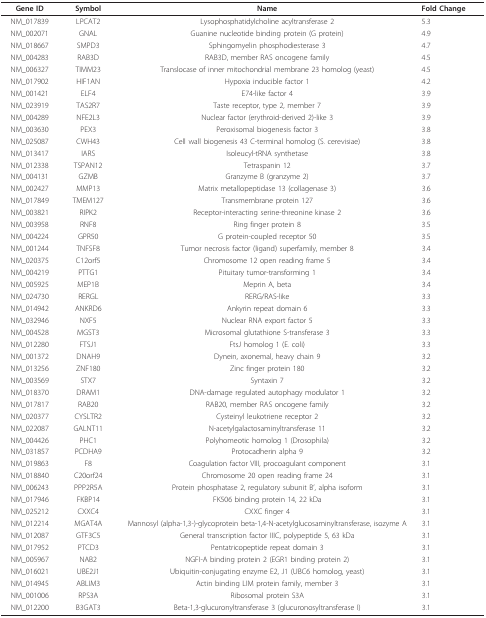
<table><thead><tr><td><b>Gene ID</b></td><td><b>Symbol</b></td><td><b>Name</b></td><td><b>Fold Change</b></td></tr></thead><tbody><tr><td>NM_017839</td><td>LPCAT2</td><td>Lysophosphatidylcholine acyltransferase 2</td><td>5.3</td></tr><tr><td>NM_002071</td><td>GNAL</td><td>Guanine nucleotide binding protein (G protein)</td><td>4.9</td></tr><tr><td>NM_018667</td><td>SMPD3</td><td>Sphingomyelin phosphodiesterase 3</td><td>4.7</td></tr><tr><td>NM_004283</td><td>RAB3D</td><td>RAB3D, member RAS oncogene family</td><td>4.5</td></tr><tr><td>NM_006327</td><td>TIMM23</td><td>Translocase of inner mitochondrial membrane 23 homolog (yeast)</td><td>4.5</td></tr><tr><td>NM_017902</td><td>HIF1AN</td><td>Hypoxia inducible factor 1</td><td>4.2</td></tr><tr><td>NM_001421</td><td>ELF4</td><td>E74-like factor 4</td><td>3.9</td></tr><tr><td>NM_023919</td><td>TAS2R7</td><td>Taste receptor, type 2, member 7</td><td>3.9</td></tr><tr><td>NM_004289</td><td>NFE2L3</td><td>Nuclear factor (erythroid-derived 2)-like 3</td><td>3.9</td></tr><tr><td>NM_003630</td><td>PEX3</td><td>Peroxisomal biogenesis factor 3</td><td>3.8</td></tr><tr><td>NM_025087</td><td>CWH43</td><td>Cell wall biogenesis 43 C-terminal homolog (S. cerevisiae)</td><td>3.8</td></tr><tr><td>NM_013417</td><td>IARS</td><td>Isoleucyl-tRNA synthetase</td><td>3.8</td></tr><tr><td>NM_012338</td><td>TSPAN12</td><td>Tetraspanin 12</td><td>3.7</td></tr><tr><td>NM_004131</td><td>GZMB</td><td>Granzyme B (granzyme 2)</td><td>3.7</td></tr><tr><td>NM_002427</td><td>MMP13</td><td>Matrix metallopeptidase 13 (collagenase 3)</td><td>3.6</td></tr><tr><td>NM_017849</td><td>TMEM127</td><td>Transmembrane protein 127</td><td>3.6</td></tr><tr><td>NM_003821</td><td>RIPK2</td><td>Receptor-interacting serine-threonine kinase 2</td><td>3.6</td></tr><tr><td>NM_003958</td><td>RNF8</td><td>Ring finger protein 8</td><td>3.5</td></tr><tr><td>NM_004224</td><td>GPR50</td><td>G protein-coupled receptor 50</td><td>3.5</td></tr><tr><td>NM_001244</td><td>TNFSF8</td><td>Tumor necrosis factor (ligand) superfamily, member 8</td><td>3.4</td></tr><tr><td>NM_020375</td><td>C12orf5</td><td>Chromosome 12 open reading frame 5</td><td>3.4</td></tr><tr><td>NM_004219</td><td>PTTG1</td><td>Pituitary tumor-transforming 1</td><td>3.4</td></tr><tr><td>NM_005925</td><td>MEP1B</td><td>Meprin A, beta</td><td>3.4</td></tr><tr><td>NM_024730</td><td>RERGL</td><td>RERG/RAS-like</td><td>3.3</td></tr><tr><td>NM_014942</td><td>ANKRD6</td><td>Ankyrin repeat domain 6</td><td>3.3</td></tr><tr><td>NM_032946</td><td>NXF5</td><td>Nuclear RNA export factor 5</td><td>3.3</td></tr><tr><td>NM_004528</td><td>MGST3</td><td>Microsomal glutathione S-transferase 3</td><td>3.3</td></tr><tr><td>NM_012280</td><td>FTSJ1</td><td>FtsJ homolog 1 (E. coli)</td><td>3.3</td></tr><tr><td>NM_001372</td><td>DNAH9</td><td>Dynein, axonemal, heavy chain 9</td><td>3.2</td></tr><tr><td>NM_013256</td><td>ZNF180</td><td>Zinc finger protein 180</td><td>3.2</td></tr><tr><td>NM_003569</td><td>STX7</td><td>Syntaxin 7</td><td>3.2</td></tr><tr><td>NM_018370</td><td>DRAM1</td><td>DNA-damage regulated autophagy modulator 1</td><td>3.2</td></tr><tr><td>NM_017817</td><td>RAB20</td><td>RAB20, member RAS oncogene family</td><td>3.2</td></tr><tr><td>NM_020377</td><td>CYSLTR2</td><td>Cysteinyl leukotriene receptor 2</td><td>3.2</td></tr><tr><td>NM_022087</td><td>GALNT11</td><td>N-acetylgalactosaminyltransferase 11</td><td>3.2</td></tr><tr><td>NM_004426</td><td>PHC1</td><td>Polyhomeotic homolog 1 (Drosophila)</td><td>3.2</td></tr><tr><td>NM_031857</td><td>PCDHA9</td><td>Protocadherin alpha 9</td><td>3.2</td></tr><tr><td>NM_019863</td><td>F8</td><td>Coagulation factor VIII, procoagulant component</td><td>3.1</td></tr><tr><td>NM_018840</td><td>C20orf24</td><td>Chromosome 20 open reading frame 24</td><td>3.1</td></tr><tr><td>NM_006243</td><td>PPP2R5A</td><td>Protein phosphatase 2, regulatory subunit B&#x27;, alpha isoform</td><td>3.1</td></tr><tr><td>NM_017946</td><td>FKBP14</td><td>FK506 binding protein 14, 22 kDa</td><td>3.1</td></tr><tr><td>NM_025212</td><td>CXXC4</td><td>CXXC finger 4</td><td>3.1</td></tr><tr><td>NM_012214</td><td>MGAT4A</td><td>Mannosyl (alpha-1,3-)-glycoprotein beta-1,4-N-acetylglucosaminyltransferase, isozyme A</td><td>3.1</td></tr><tr><td>NM_012087</td><td>GTF3C5</td><td>General transcription factor IIIC, polypeptide 5, 63 kDa</td><td>3.1</td></tr><tr><td>NM_017952</td><td>PTCD3</td><td>Pentatricopeptide repeat domain 3</td><td>3.1</td></tr><tr><td>NM_005967</td><td>NAB2</td><td>NGFI-A binding protein 2 (EGR1 binding protein 2)</td><td>3.1</td></tr><tr><td>NM_016021</td><td>UBE2J1</td><td>Ubiquitin-conjugating enzyme E2, J1 (UBC6 homolog, yeast)</td><td>3.1</td></tr><tr><td>NM_014945</td><td>ABLIM3</td><td>Actin binding LIM protein family, member 3</td><td>3.1</td></tr><tr><td>NM_001006</td><td>RPS3A</td><td>Ribosomal protein S3A</td><td>3.1</td></tr><tr><td>NM_012200</td><td>B3GAT3</td><td>Beta-1,3-glucuronyltransferase 3 (glucuronosyltransferase I)</td><td>3.1</td></tr></tbody></table>